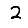
Digit: 2